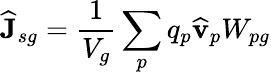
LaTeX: \widehat{\mathbf{J}}_{sg}=\frac{1}{V_{g}}\sum_{p}q_{p}\widehat{\mathbf{v}}_{p}W_{pg}